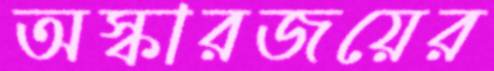
অস্কারজয়ের